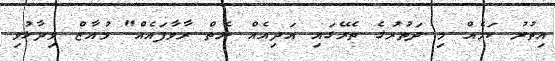
އިތުރު ކަމެއް މި ދަތުރުގެ ތެރޭގައި އަދިއެއް ނެތް ރާވާފައެއް" މުއާޒް ވިދާޅުވި